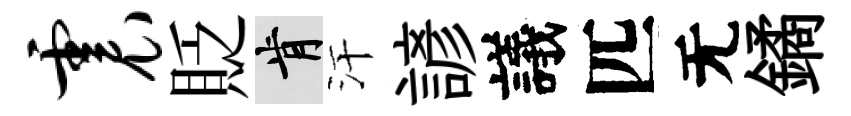
震貶肯汗諺議匹无鐍